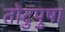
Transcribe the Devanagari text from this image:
तोटुपुषा